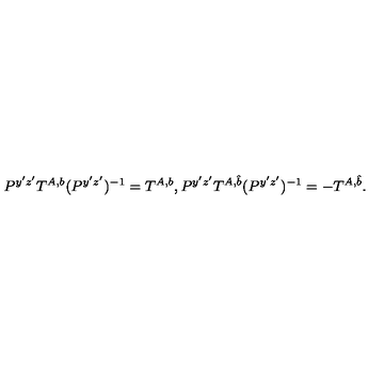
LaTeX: P ^ { y ^ { \prime } z ^ { \prime } } T ^ { A , b } ( P ^ { y ^ { \prime } z ^ { \prime } } ) ^ { - 1 } = T ^ { A , b } , P ^ { y ^ { \prime } z ^ { \prime } } T ^ { A , \hat { b } } ( P ^ { y ^ { \prime } z ^ { \prime } } ) ^ { - 1 } = - T ^ { A , \hat { b } } . \,